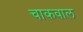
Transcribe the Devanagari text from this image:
चाकवाल